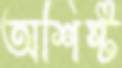
অশিষ্ট